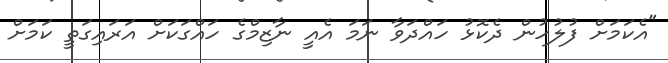
"އެކަމަށް ފުލުހުން ދެކޮޅު ހައްދަވާ ނަމަ އެއީ ނާޒިމްގެ ހައްގަކަށް އަރައިގަތީ ކަމަށް